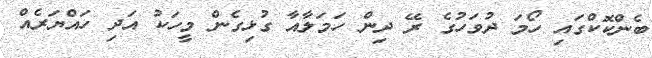
ބެންކޮކްގައި ހޯމަ ދުވަހުގެ ރޭ ދިން ހަމަލާއާ ގުޅިގެން މީހަކު އަދި ހައްޔަރެއް